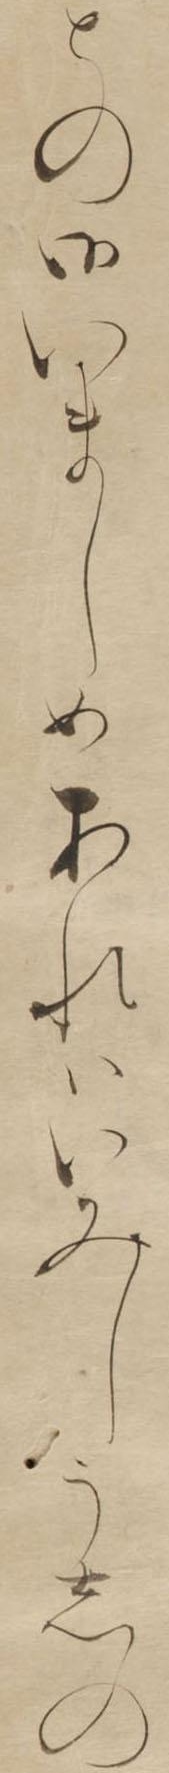
との御いましめあれはいみしうしの